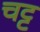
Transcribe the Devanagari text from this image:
चट्ट